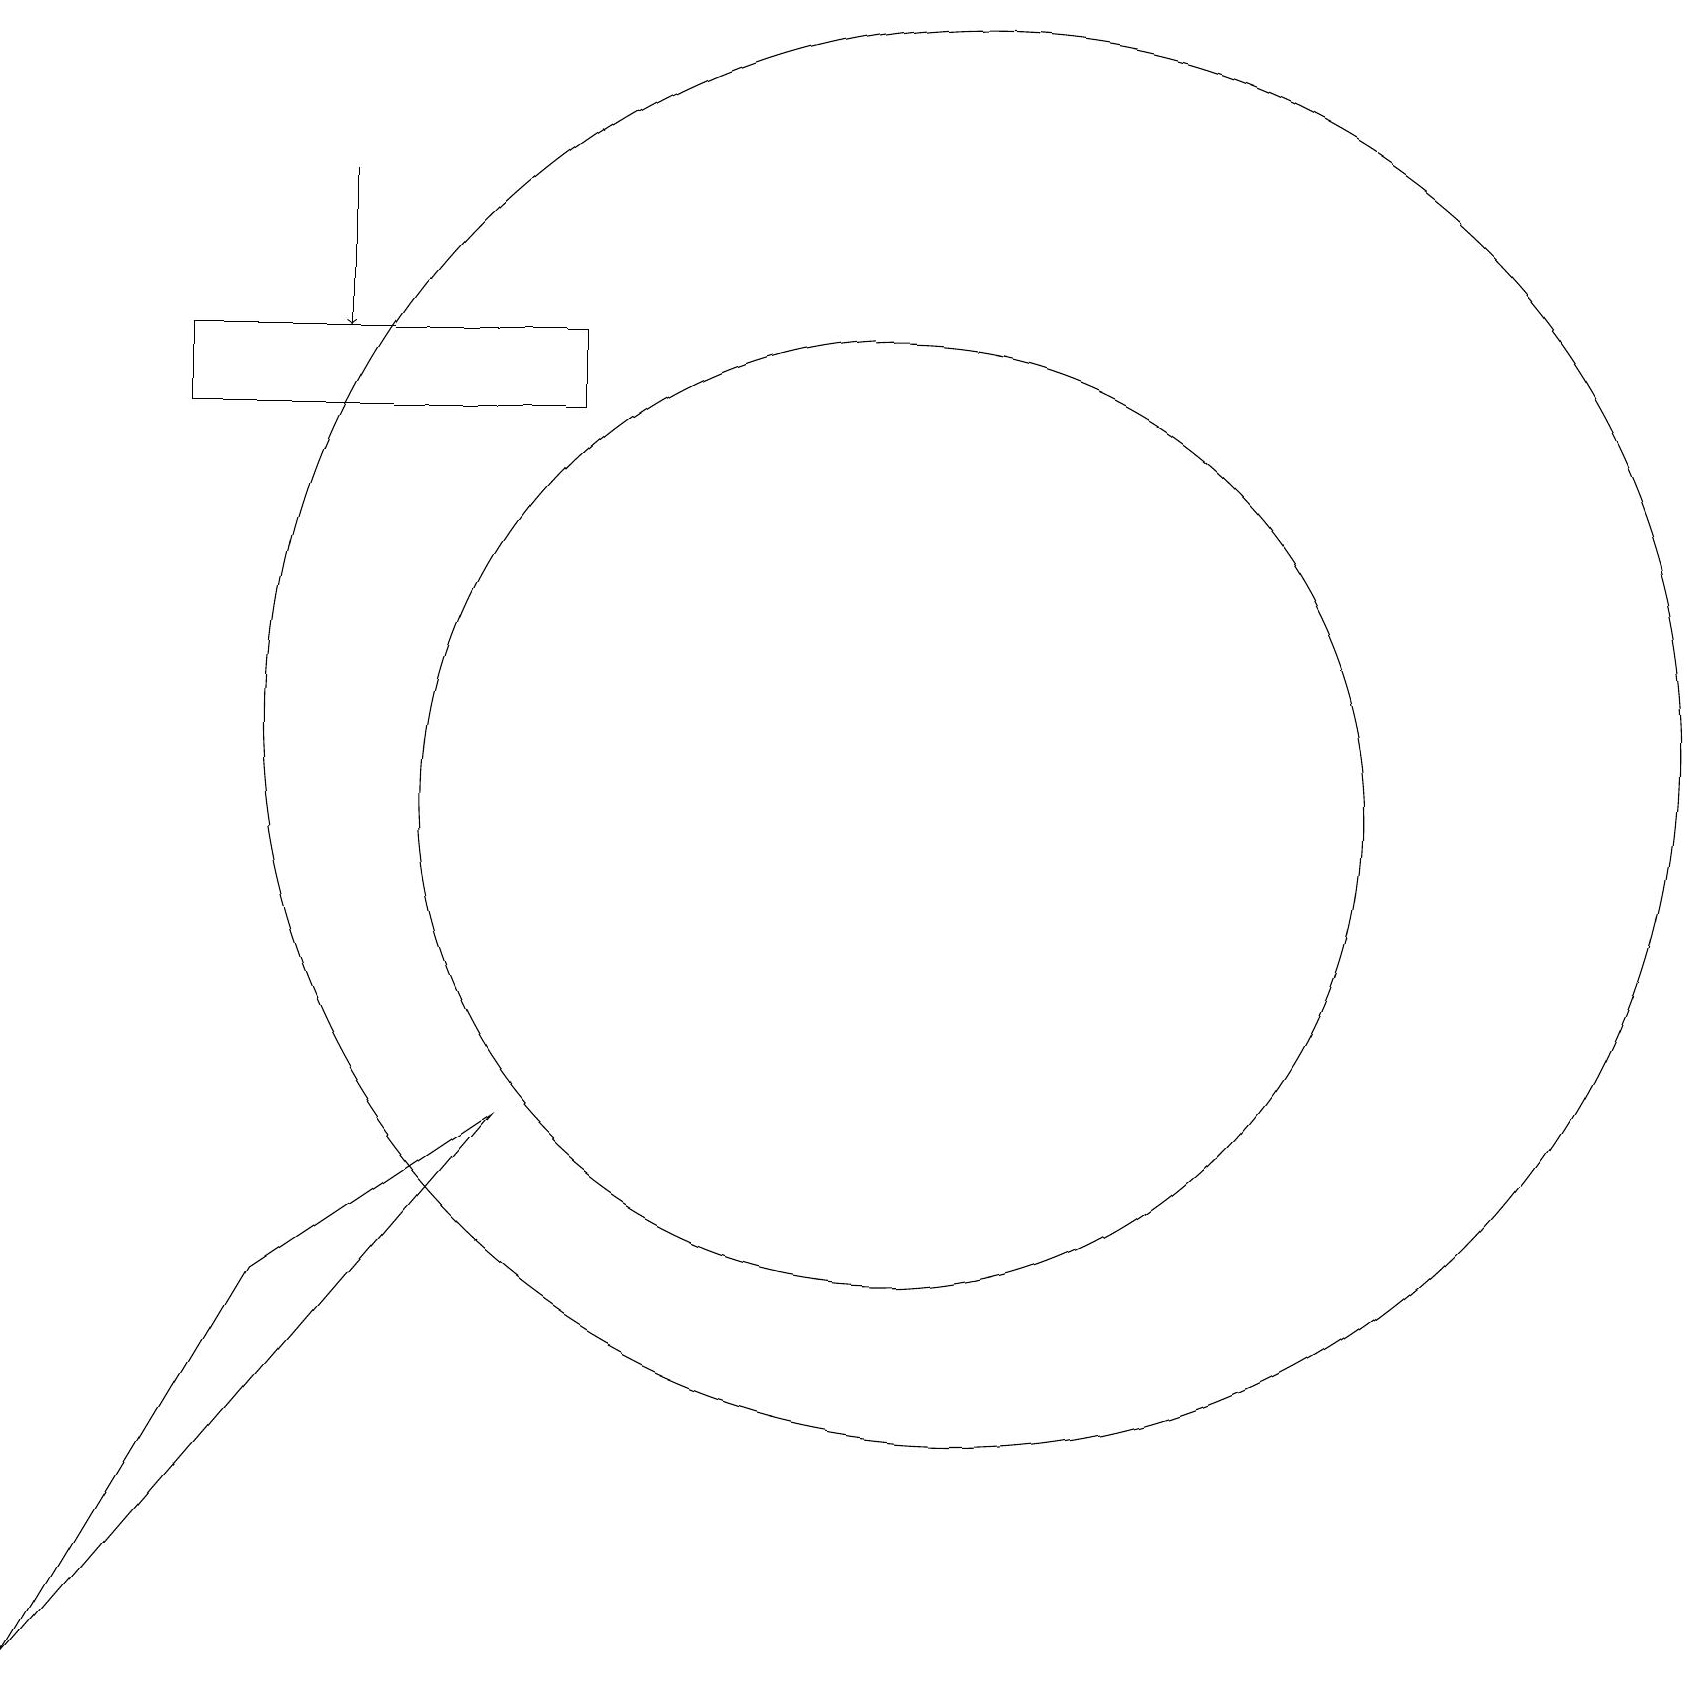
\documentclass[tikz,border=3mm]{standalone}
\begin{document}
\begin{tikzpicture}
\draw (11,11) circle (6);
\draw[->] (4,19) -- (4,17);
\draw (12,12) circle (9);
\draw (0,0) -- (3,5) -- (6,7) -- cycle;
\draw (2,16) rectangle (7,17);
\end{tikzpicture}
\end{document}